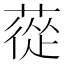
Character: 蓯